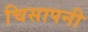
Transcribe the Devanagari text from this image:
चिसापनी